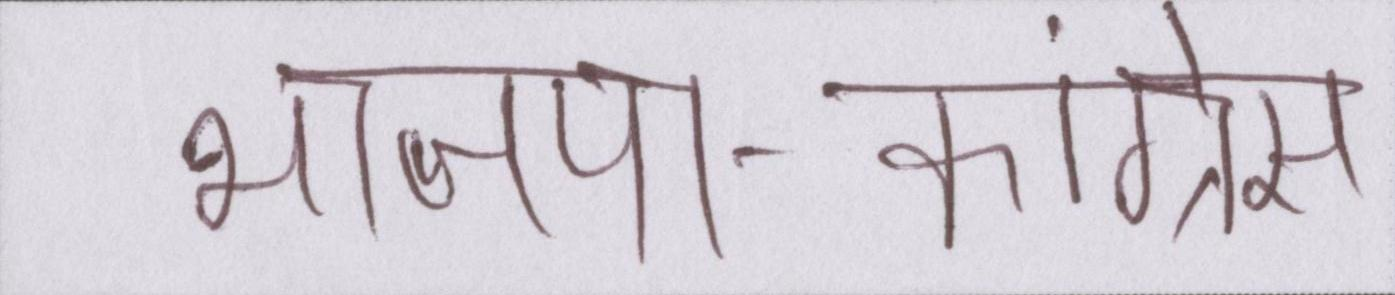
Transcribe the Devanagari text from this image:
भाजपा-कांग्रेस